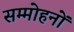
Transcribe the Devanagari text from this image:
सम्मोहनों